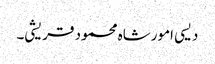
دیسی امورشاہ محمود قریشی۔